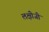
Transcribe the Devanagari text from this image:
लक्षीजी